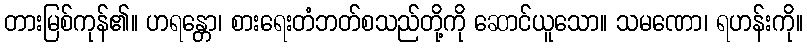
တားမြစ်ကုန်၏။ ဟရန္တော၊ စားရေးတံဘတ်စသည်တို့ကို ဆောင်ယူသော။ သမဏော၊ ရဟန်းကို။